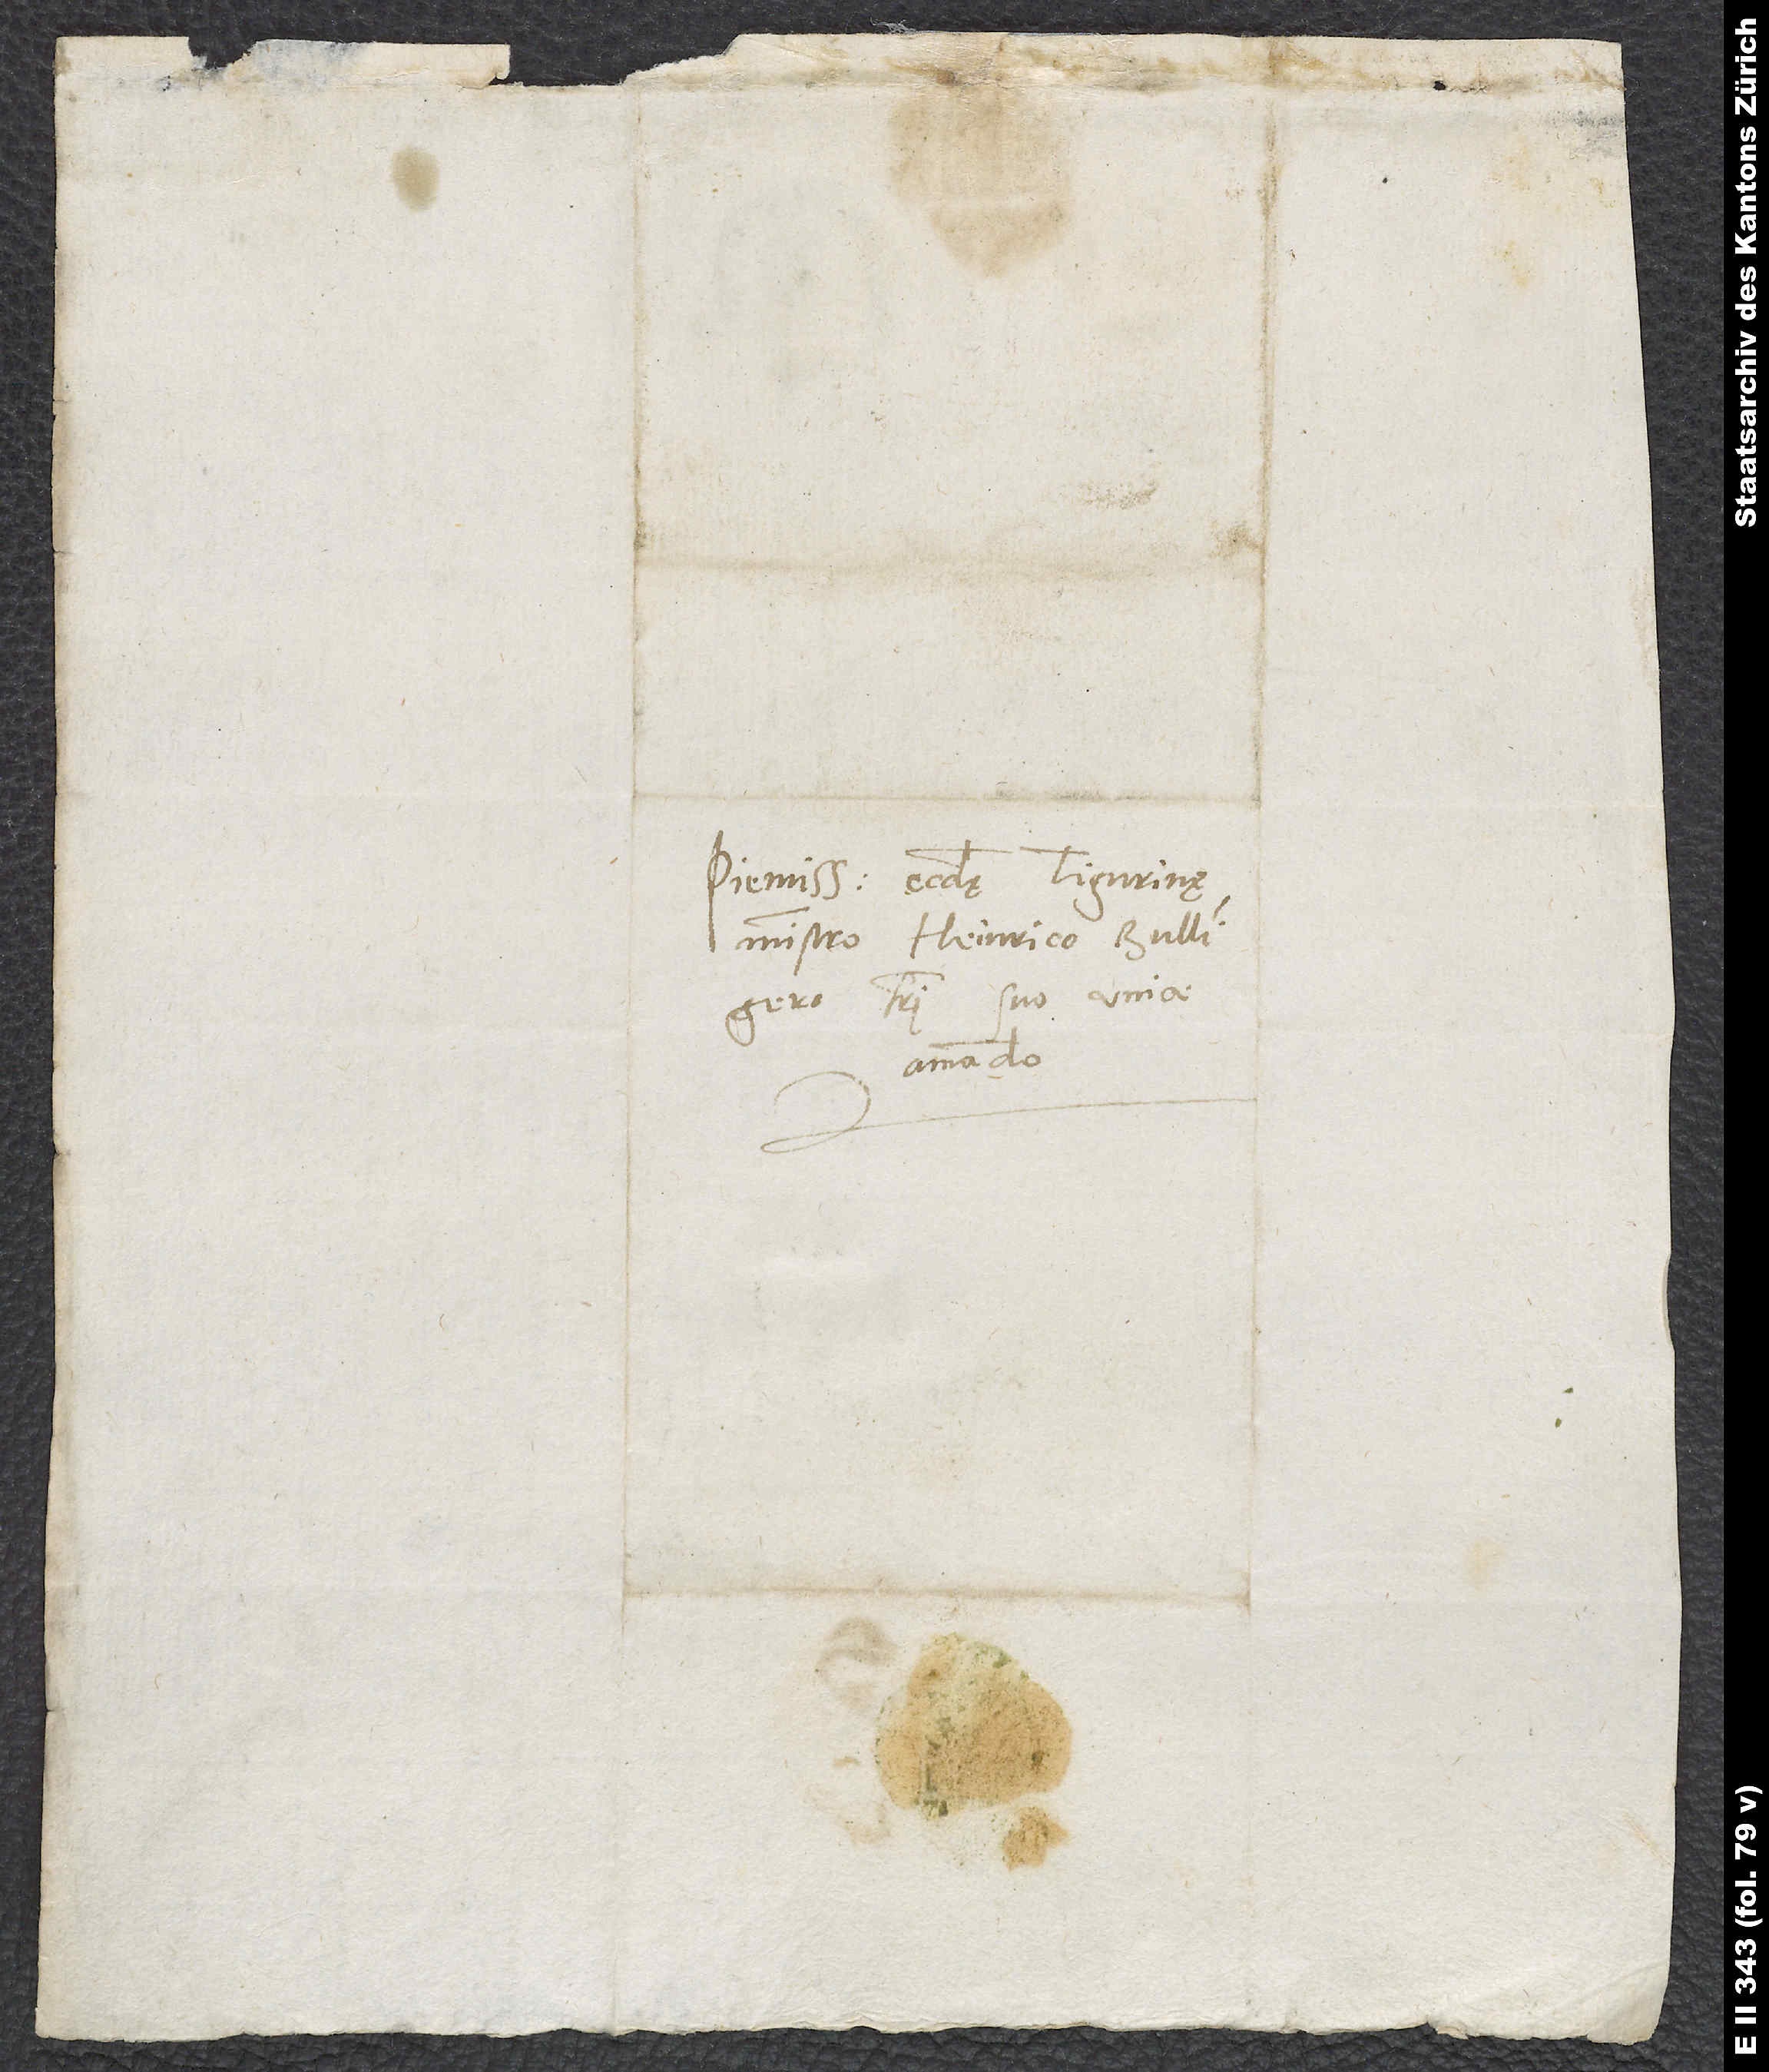
Pientissimo ecclesię Tigurinę
ministro Heinrico Bullingero,
fratri suo unice
amando.